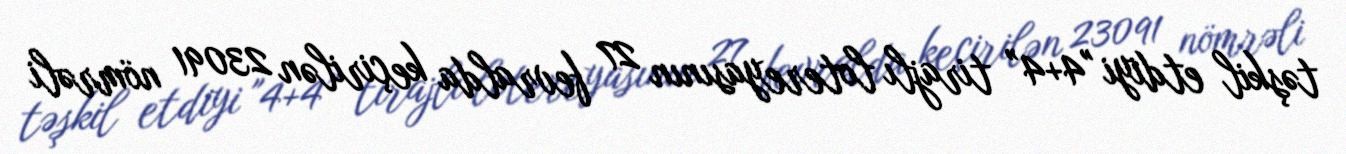
təşkil etdiyi "4+4” tirajlı lotereyasının 27 fevralda keçirilən 23091 nömrəli